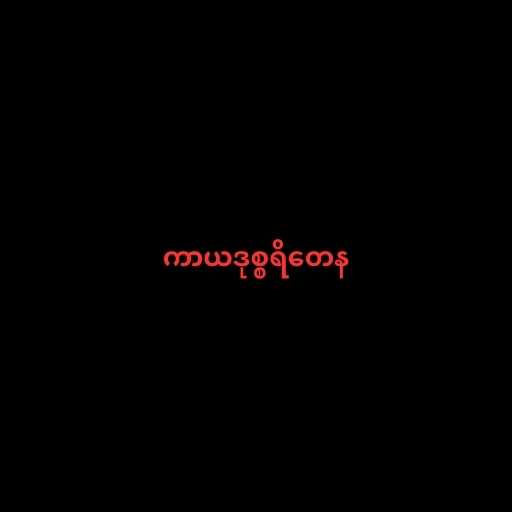
ကာယဒုစ္စရိတေန